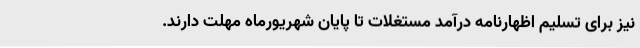
نیز برای تسلیم اظهارنامه درآمد مستغلات تا پایان شهریورماه مهلت دارند.